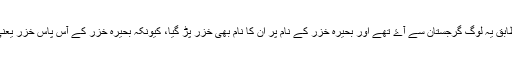
عبدالمالک کے مطابق یہ لوگ گرجستان سے آۓ تھے اور بحیرہ خزر کے نام پر ان کا نام بھی خزر پڑ گیا، کیونکہ بحیرہ خزر کے آس پاس خزر یعنی گوجر آباد تھے۔